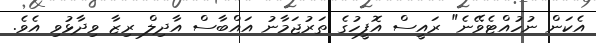
އެކަން ނުހުއްޓެވޭނެ" ރައީސް އޮފީހުގެ ތަރުޖަމާނު އައްބާސް އާދިލް ރިޒާ ވިދާޅުވި އެވެ.